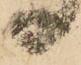
尉